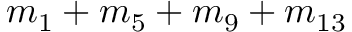
m _ { 1 } + m _ { 5 } + m _ { 9 } + m _ { 1 3 }